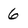
Character: 6